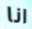
انا